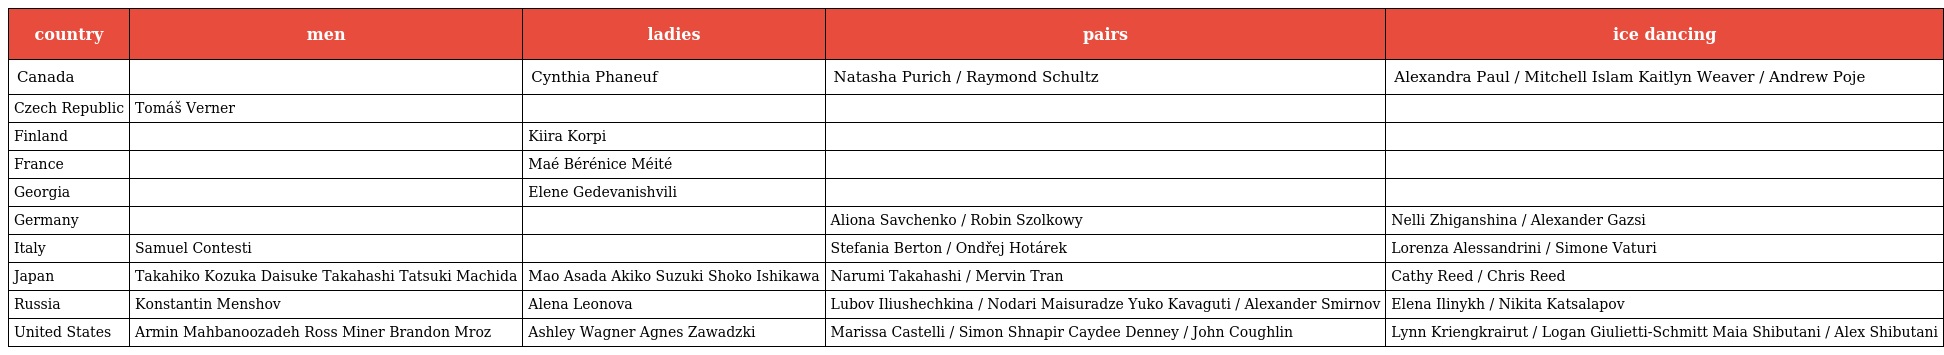
| country | men | ladies | pairs | ice dancing |
 | --- | --- | --- | --- | --- |
 | Canada |  | Cynthia Phaneuf | Natasha Purich / Raymond Schultz | Alexandra Paul / Mitchell Islam Kaitlyn Weaver / Andrew Poje |
 | Czech Republic | Tomáš Verner |  |  |  |
 | Finland |  | Kiira Korpi |  |  |
 | France |  | Maé Bérénice Méité |  |  |
 | Georgia |  | Elene Gedevanishvili |  |  |
 | Germany |  |  | Aliona Savchenko / Robin Szolkowy | Nelli Zhiganshina / Alexander Gazsi |
 | Italy | Samuel Contesti |  | Stefania Berton / Ondřej Hotárek | Lorenza Alessandrini / Simone Vaturi |
 | Japan | Takahiko Kozuka Daisuke Takahashi Tatsuki Machida | Mao Asada Akiko Suzuki Shoko Ishikawa | Narumi Takahashi / Mervin Tran | Cathy Reed / Chris Reed |
 | Russia | Konstantin Menshov | Alena Leonova | Lubov Iliushechkina / Nodari Maisuradze Yuko Kavaguti / Alexander Smirnov | Elena Ilinykh / Nikita Katsalapov |
 | United States | Armin Mahbanoozadeh Ross Miner Brandon Mroz | Ashley Wagner Agnes Zawadzki | Marissa Castelli / Simon Shnapir Caydee Denney / John Coughlin | Lynn Kriengkrairut / Logan Giulietti-Schmitt Maia Shibutani / Alex Shibutani |